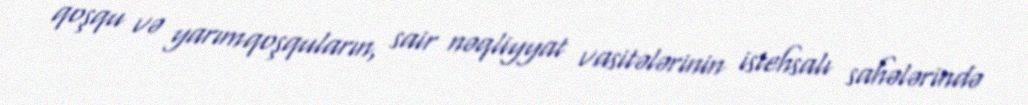
qoşqu və yarımqoşquların, sair nəqliyyat vasitələrinin istehsalı sahələrində